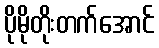
ပိုမိုတိုးတက်အောင်